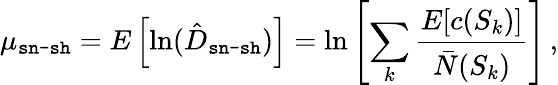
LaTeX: \mu_{\texttt{sn-sh}}=E\left[\ln(\hat{D}_{\texttt{sn-sh}})\right]=\ln\left[\sum_{k}\frac{E[c(S_{k})]}{\bar{N}(S_{k})}\right]\, ,